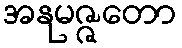
အနုမဇ္ဇတော